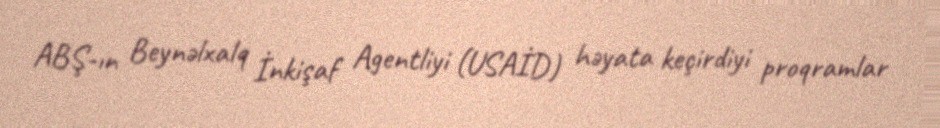
ABŞ-ın Beynəlxalq İnkişaf Agentliyi (USAİD) həyata keçirdiyi proqramlar